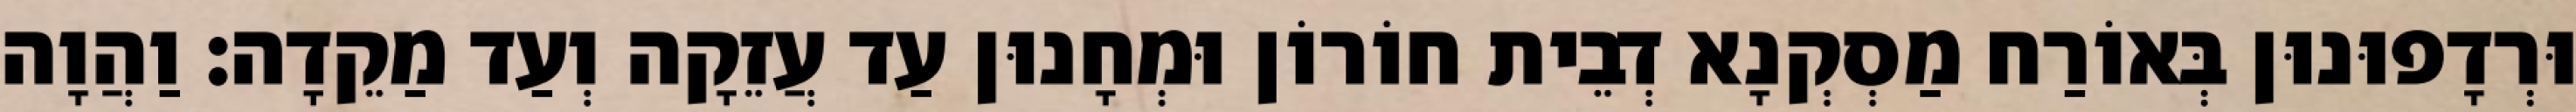
וּרְדָפוּנוּן בְּאוֹרַח מַסְקְנָא דְבֵית חוֹרוֹן וּמְחָנוּן עַד עֲזֵקָה וְעַד מַקֵדָה׃ וַהֲוָה